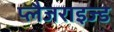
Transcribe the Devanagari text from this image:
प्लैजराइज्ड